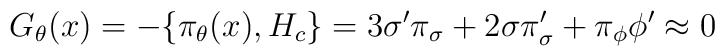
G_{\theta}(x)=-\{{\pi}_{\theta}(x),H_c\}=3{\sigma}^{\prime}{\pi}_{\sigma}+2\sigma{\pi}^{\prime}_{\sigma}+{\pi}_{\phi}{\phi}^{\prime} \approx 0